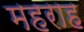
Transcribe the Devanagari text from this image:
महराह